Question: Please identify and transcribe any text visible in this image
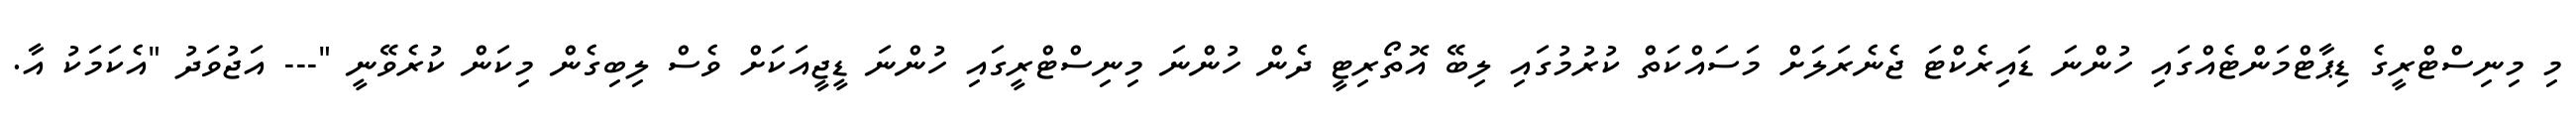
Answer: މި މިނިސްޓްރީގެ ޑިޕާޓްމަންޓެއްގައި ހުންނަ ޑައިރެކްޓަ ޖެނެރަލަށް މަސައްކަތް ކުރުމުގައި ލިބޭ އޮތޯރިޓީ ދެން ހުންނަ މިނިސްޓްރީގައި ހުންނަ ޑީޖީއަކަށް ވެސް ލިބިގެން މިކަން ކުރެވޭނީ "--- އަޖުވަދު "އެކަމަކު އާ.